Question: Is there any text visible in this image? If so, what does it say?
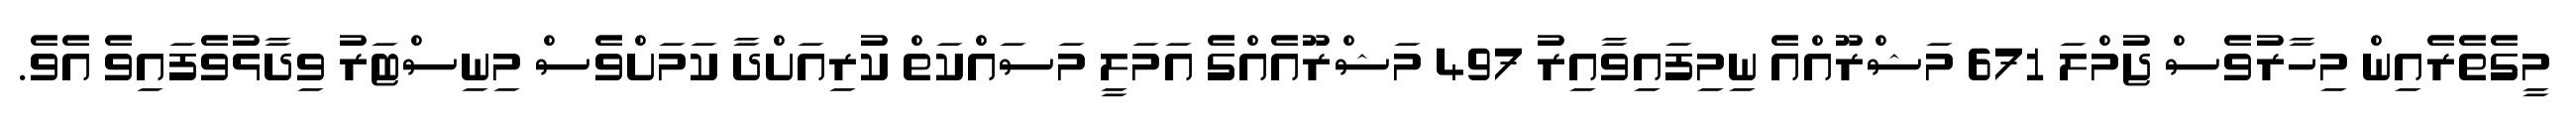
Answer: މީގެތެރެއިން މިހާރުވެސް ޖުމްލަ 671 މަޝްރޫއްއެ ނިމިފައިވާއިރު 497 މަޝްރޫއެއްގެ އަމަލީ މަސައްކަތް ކުރިއަށްދާ ކަމަށްވެސް މިނިސްޓަރު ވިދާޅުވެފައިވެ އެވެ.